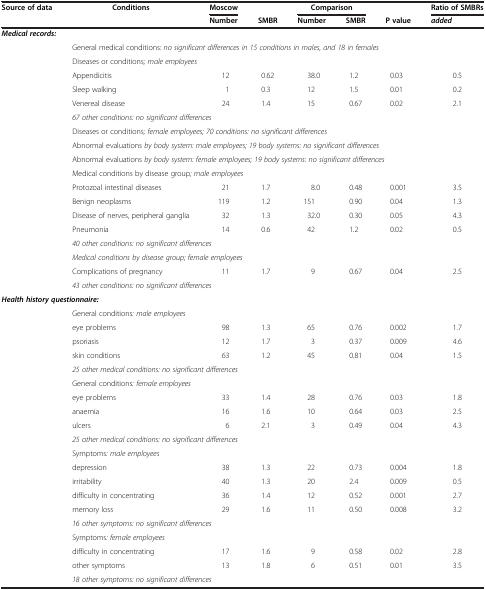
<table><thead><tr><td rowspan="2"><b>Source of data</b></td><td rowspan="2"><b>Conditions</b></td><td><b>Moscow</b></td><td><b> </b></td><td colspan="2"><b>Comparison</b></td><td><b> </b></td><td><b>Ratio of SMBRs</b></td></tr><tr><td><b>Number</b></td><td><b>SMBR</b></td><td><b>Number</b></td><td><b>SMBR</b></td><td><b>P value</b></td><td><b><i>added</i></b></td></tr></thead><tbody><tr><td colspan="8"><b><i>Medical records:</i></b></td></tr><tr><td> </td><td colspan="7">General medical conditions<i>: no significant differences in 15 conditions in males, and 18 in females</i></td></tr><tr><td> </td><td colspan="7">Diseases or conditions<i>; male employees</i></td></tr><tr><td> </td><td>Appendicitis</td><td>12</td><td>0.62</td><td>38.0</td><td>1.2</td><td>0.03</td><td>0.5</td></tr><tr><td> </td><td>Sleep walking</td><td>1</td><td>0.3</td><td>12</td><td>1.5</td><td>0.01</td><td>0.2</td></tr><tr><td> </td><td>Venereal disease</td><td>24</td><td>1.4</td><td>15</td><td>0.67</td><td>0.02</td><td>2.1</td></tr><tr><td> </td><td colspan="3"><i>67 other conditions: no significant differences</i></td><td> </td><td> </td><td> </td><td> </td></tr><tr><td> </td><td colspan="7">Diseases or conditions<i>; female employees; 70 conditions: no significant differences</i></td></tr><tr><td> </td><td colspan="7">Abnormal evaluations <i>by body system: male employees; 19 body systems: no significant differences</i></td></tr><tr><td> </td><td colspan="7">Abnormal evaluations <i>by body system: female employees; 19 body systems: no significant differences</i></td></tr><tr><td> </td><td colspan="7">Medical conditions by disease group<i>; male employees</i></td></tr><tr><td> </td><td>Protozoal intestinal diseases</td><td>21</td><td>1.7</td><td>8.0</td><td>0.48</td><td>0.001</td><td>3.5</td></tr><tr><td> </td><td>Benign neoplasms</td><td>119</td><td>1.2</td><td>151</td><td>0.90</td><td>0.04</td><td>1.3</td></tr><tr><td> </td><td>Disease of nerves, peripheral ganglia</td><td>32</td><td>1.3</td><td>32.0</td><td>0.30</td><td>0.05</td><td>4.3</td></tr><tr><td> </td><td>Pneumonia</td><td>14</td><td>0.6</td><td>42</td><td>1.2</td><td>0.02</td><td>0.5</td></tr><tr><td> </td><td colspan="7"><i>40 other conditions: no significant differences</i></td></tr><tr><td> </td><td colspan="7"><i>Medical conditions by disease group; female employees</i></td></tr><tr><td> </td><td>Complications of pregnancy</td><td>11</td><td>1.7</td><td>9</td><td>0.67</td><td>0.04</td><td>2.5</td></tr><tr><td> </td><td colspan="7"><i>43 other conditions: no significant differences</i></td></tr><tr><td colspan="8"><b><i>Health history questionnaire:</i></b></td></tr><tr><td> </td><td colspan="7">General conditions<i>: male employees</i></td></tr><tr><td> </td><td>eye problems</td><td>98</td><td>1.3</td><td>65</td><td>0.76</td><td>0.002</td><td>1.7</td></tr><tr><td> </td><td>psoriasis</td><td>12</td><td>1.7</td><td>3</td><td>0.37</td><td>0.009</td><td>4.6</td></tr><tr><td> </td><td>skin conditions</td><td>63</td><td>1.2</td><td>45</td><td>0.81</td><td>0.04</td><td>1.5</td></tr><tr><td> </td><td colspan="7"><i>25 other medical conditions: no significant differences</i></td></tr><tr><td> </td><td colspan="7">General conditions<i>: female employees</i></td></tr><tr><td> </td><td>eye problems</td><td>33</td><td>1.4</td><td>28</td><td>0.76</td><td>0.03</td><td>1.8</td></tr><tr><td> </td><td>anaemia</td><td>16</td><td>1.6</td><td>10</td><td>0.64</td><td>0.03</td><td>2.5</td></tr><tr><td> </td><td>ulcers</td><td>6</td><td>2.1</td><td>3</td><td>0.49</td><td>0.04</td><td>4.3</td></tr><tr><td> </td><td colspan="7"><i>25 other medical conditions: no significant differences</i></td></tr><tr><td> </td><td colspan="7">Symptoms<i>: male employees</i></td></tr><tr><td> </td><td>depression</td><td>38</td><td>1.3</td><td>22</td><td>0.73</td><td>0.004</td><td>1.8</td></tr><tr><td> </td><td>irritability</td><td>40</td><td>1.3</td><td>20</td><td>2.4</td><td>0.009</td><td>0.5</td></tr><tr><td> </td><td>difficulty in concentrating</td><td>36</td><td>1.4</td><td>12</td><td>0.52</td><td>0.001</td><td>2.7</td></tr><tr><td> </td><td>memory loss</td><td>29</td><td>1.6</td><td>11</td><td>0.50</td><td>0.008</td><td>3.2</td></tr><tr><td> </td><td colspan="7"><i>16 other symptoms: no significant differences</i></td></tr><tr><td> </td><td colspan="7">Symptoms<i>: female employees</i></td></tr><tr><td> </td><td>difficulty in concentrating</td><td>17</td><td>1.6</td><td>9</td><td>0.58</td><td>0.02</td><td>2.8</td></tr><tr><td> </td><td>other symptoms</td><td>13</td><td>1.8</td><td>6</td><td>0.51</td><td>0.01</td><td>3.5</td></tr><tr><td> </td><td colspan="7"><i>18 other symptoms: no significant differences</i></td></tr></tbody></table>